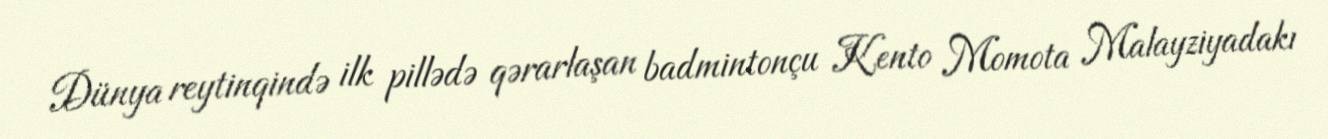
Dünya reytinqində ilk pillədə qərarlaşan badmintonçu Kento Momota Malayziyadakı